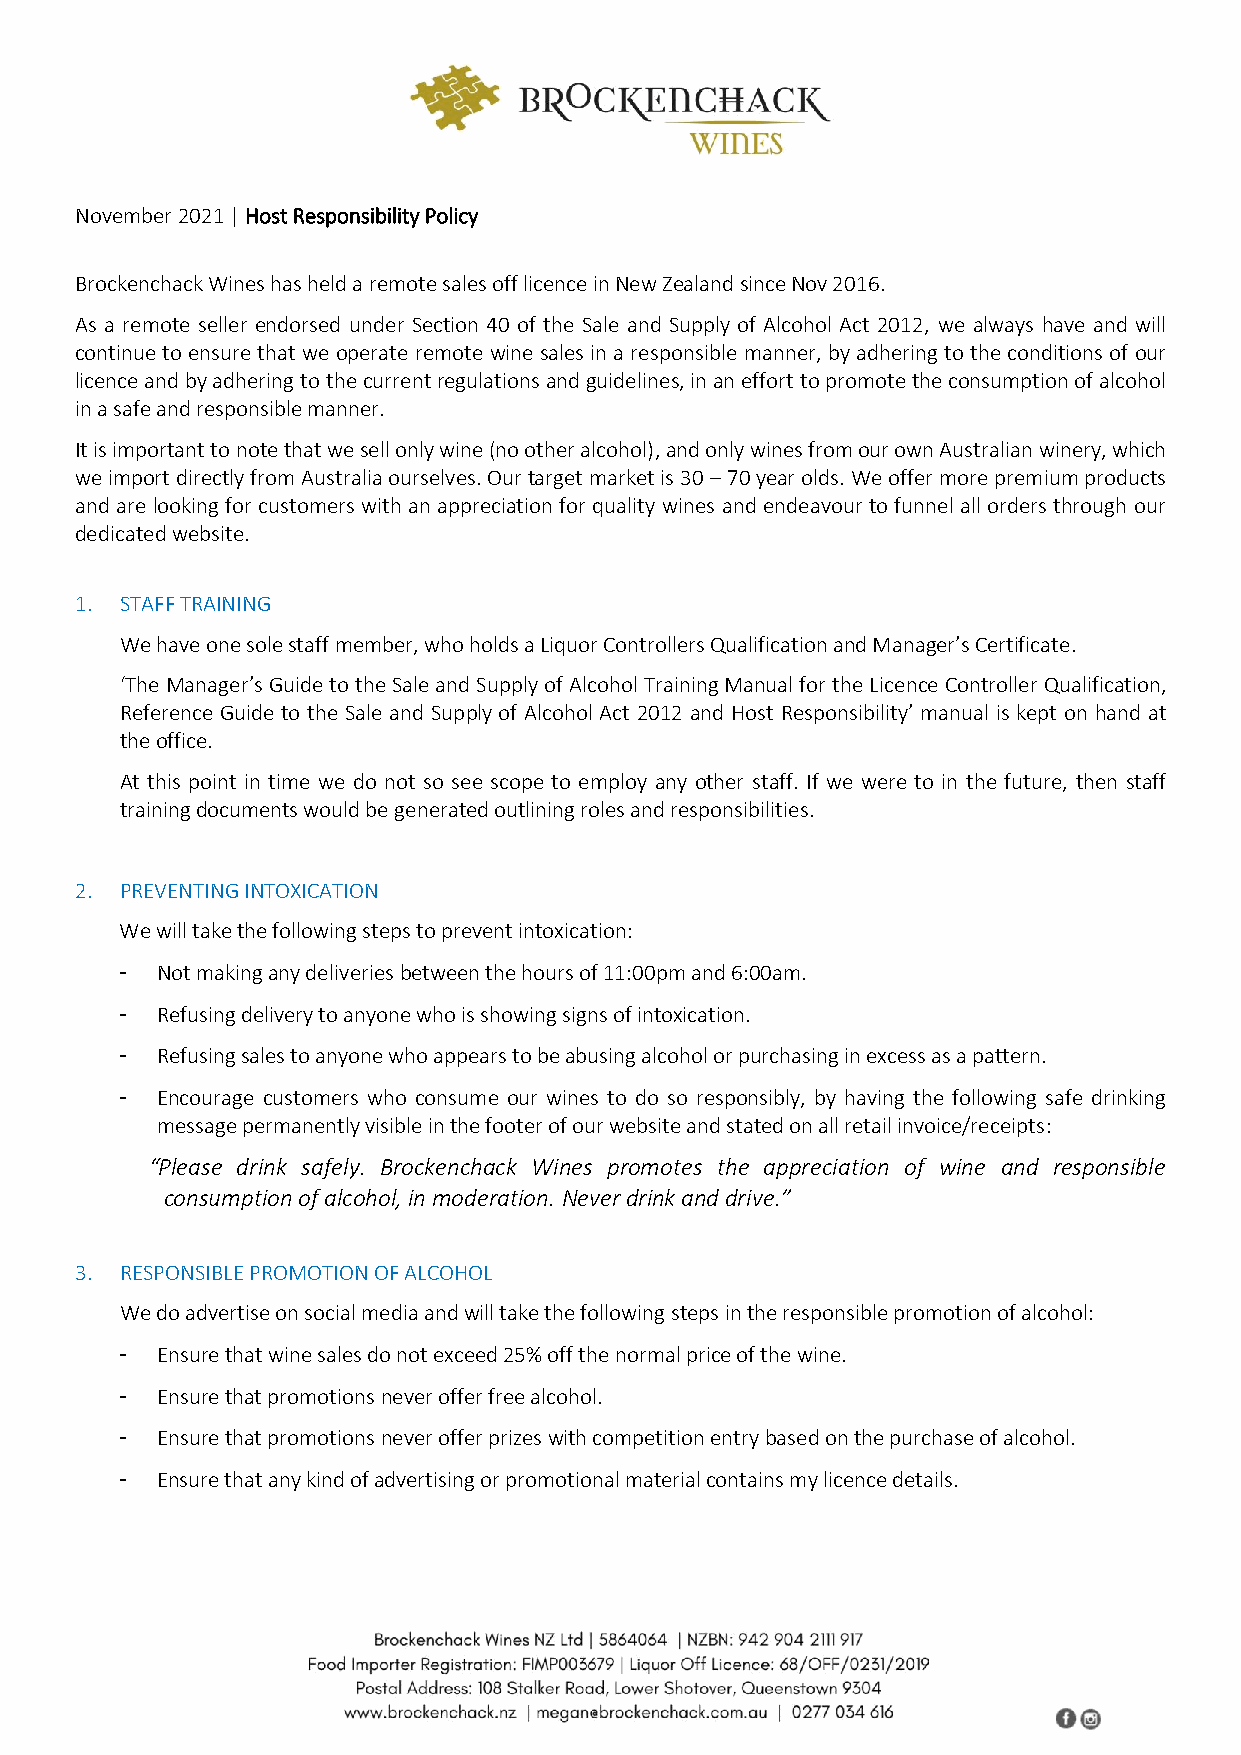
November 2021 | Host Responsibility Policy
 Brockenchack Wines has held a remote sales off licence in New Zealand since Nov 2016.
 As a remote seller endorsed under Section 40 of the Sale and Supply of Alcohol Act 2012, we always have and will
 continue to ensure that we operate remote wine sales in a responsible manner, by adhering to the conditions of our
 licence and by adhering to the current regulations and guidelines, in an effort to promote the consumption of alcohol
 in a safe and responsible manner.
 It is important to note that we sell only wine (no other alcohol), and only wines from our own Australian winery, which
 we import directly from Australia ourselves. Our target market is 30 – 70 year olds. We offer more premium products
 and are looking for customers with an appreciation for quality wines and endeavour to funnel all orders through our
 dedicated website.
 1. STAFF TRAINING
 We have one sole staff member, who holds a Liquor Controllers Qualification and Manager’s Certificate.
 ‘The Manager’s Guide to the Sale and Supply of Alcohol Training Manual for the Licence Controller Qualification,
 Reference Guide to the Sale and Supply of Alcohol Act 2012 and Host Responsibility’ manual is kept on hand at
 the office.
 At this point in time we do not so see scope to employ any other staff. If we were to in the future, then staff
 training documents would be generated outlining roles and responsibilities.
 2. PREVENTING INTOXICATION
 We will take the following steps to prevent intoxication:
 - Not making any deliveries between the hours of 11:00pm and 6:00am.
 - Refusing delivery to anyone who is showing signs of intoxication.
 - Refusing sales to anyone who appears to be abusing alcohol or purchasing in excess as a pattern.
 - Encourage customers who consume our wines to do so responsibly, by having the following safe drinking
 message permanently visible in the footer of our website and stated on all retail invoice/receipts:
 “Please drink safely. Brockenchack Wines promotes the appreciation of wine and responsible
 consumption of alcohol, in moderation. Never drink and drive.”
 3. RESPONSIBLE PROMOTION OF ALCOHOL
 We do advertise on social media and will take the following steps in the responsible promotion of alcohol:
 - Ensure that wine sales do not exceed 25% off the normal price of the wine.
 - Ensure that promotions never offer free alcohol.
 - Ensure that promotions never offer prizes with competition entry based on the purchase of alcohol.
 - Ensure that any kind of advertising or promotional material contains my licence details.